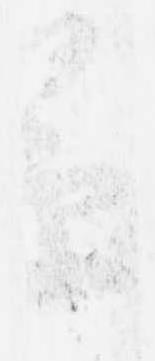
草